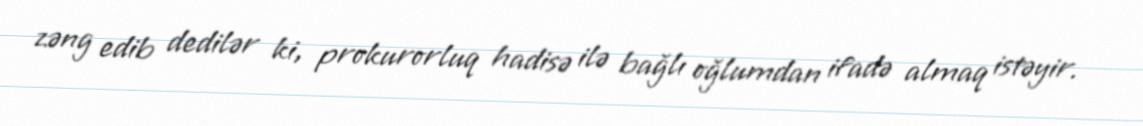
zəng edib dedilər ki, prokurorluq hadisə ilə bağlı oğlumdan ifadə almaq istəyir.